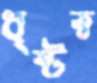
ধৃষ্টত্ব